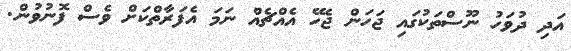
އަދި ދުވަހު ނޫސްތަކުގައި ޖަހަން ޖެހޭ އެއްޗެއް ނަމަ އެފަރާތްކަށް ވެސް ފޮނުވުން.